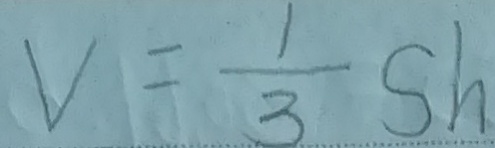
V = \frac { 1 } { 3 } s h